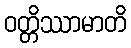
ဝတ္တိဿာမာတိ